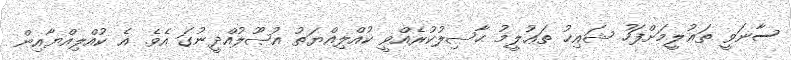
ސާނަވީ ތަޢުލީމަށްފަހު ޝައިޚު ތަޢުލީމު ޙާޞިލުކުރެއްވީ ކުއްލިއްޔަތު އުޞޫލުއްދީނުގަ އެވެ. އެ ކުއްލިއްޔާއިން